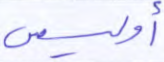
أوليس